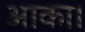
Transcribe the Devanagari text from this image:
आका।